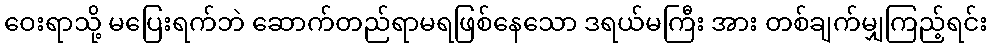
ဝေးရာသို့ မပြေးရက်ဘဲ ဆောက်တည်ရာမရဖြစ်နေသော ဒရယ်မကြီး အား တစ်ချက်မျှကြည့်ရင်း